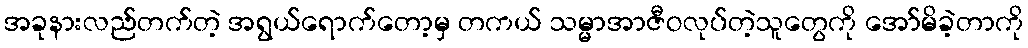
အခုနားလည်တက်တဲ့ အရွယ်ရောက်တော့မှ တကယ် သမ္မာအာဇီဝလုပ်တဲ့သူတွေကို အော်မိခဲ့တာကို